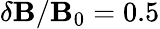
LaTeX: \delta\mathbf{B}/\mathbf{B}_{0}=0.5